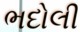
ભદોલી